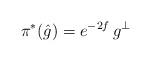
LaTeX: \begin{align*} \pi^{*}(\hat{g}) = e^{-2f}\,g^{\perp}\end{align*}